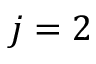
j = 2